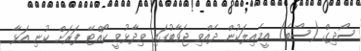
ސޯދިގް (ސޯބެ) އީމެއިލަކުން ދެެއްވި ޖަވާބުގައި ވިދާޅުވީ ކޯއްޓޭ ފަރަށް ކުނި އަޅާ